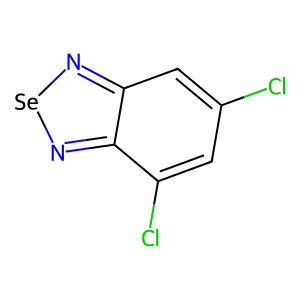
SMILES: Clc1cc(Cl)c2n[se]nc2c1
Inhibits HIV replication: No